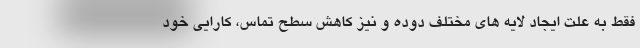
فقط به علت ایجاد لایه های مختلف دوده و نیز کاهش سطح تماس، کارایی خود